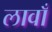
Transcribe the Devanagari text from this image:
लावाँ